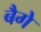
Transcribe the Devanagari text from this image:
बैगे